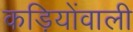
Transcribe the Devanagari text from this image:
कड़ियोंवाली